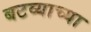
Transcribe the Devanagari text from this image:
बटव्याच्या